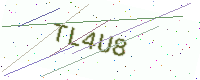
Text: TL4U8